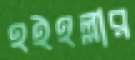
হইহল্লার